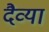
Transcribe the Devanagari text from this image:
दैव्या